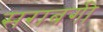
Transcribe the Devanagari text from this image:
सराबगी